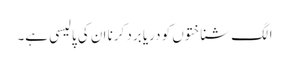
الگ شناختوں کو دریا برد کرنا ان کی پالیسی ہے۔